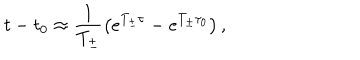
t - t _ { 0 } \approx \frac { 1 } { T _ { \pm } } \left( e ^ { T _ { \pm } \tau } - e ^ { T _ { \pm } \tau _ { 0 } } \right) ,